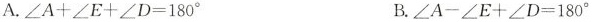
A.$$∠ A + ∠ E + ∠ D = 1 8 0 °$$ B.$$∠ A - ∠ E + ∠ D = 1 8 0 °$$